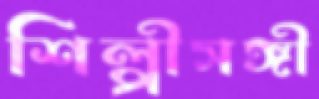
শিল্পীসঙ্গী